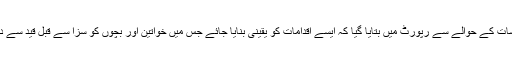
قلیل مدتی سفارشات کے حوالے سے رپورٹ میں بتایا گیا کہ ایسے اقدامات کو یقینی بنایا جائے جس میں خواتین اور بچوں کو سزا سے قبل قید سے دور رکھا جائے۔